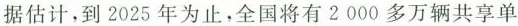
据估计,到 2025年为止,全国将有 2000 多万辆共享单